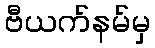
ဗီယက်နမ်မှ